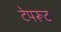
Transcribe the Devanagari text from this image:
टेपरूट